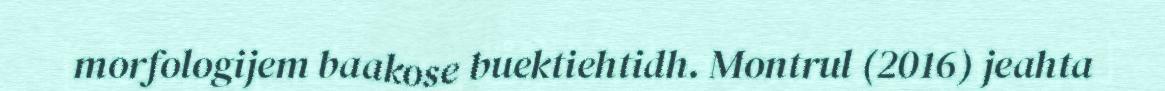
morfologijem baakose buektiehtidh. Montrul (2016) jeahta